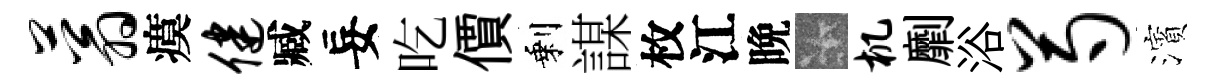
蓊瘼健臧妄吃價剩謀枚江晩卡机劘浴芍濱